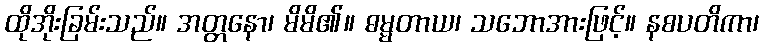
ထိုအိုးခြမ်းသည်။ အတ္တနော၊ မိမိ၏။ ဓမ္မတာယ၊ သဘောအားဖြင့်။ နစပတိကာ၊